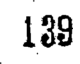
189